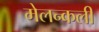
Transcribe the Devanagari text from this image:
मेलन्कली